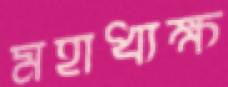
মহাধ্যক্ষ